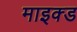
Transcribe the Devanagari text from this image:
माइक्ड